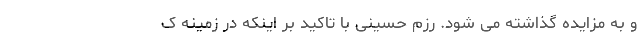
و به مزایده گذاشته می شود. رزم حسینی با تاکید بر اینکه در زمینه ک